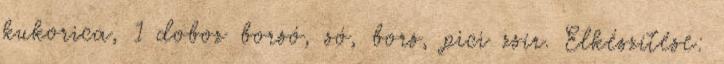
kukorica, 1 doboz borsó, só, bors, pici zsír. Elkészítése: